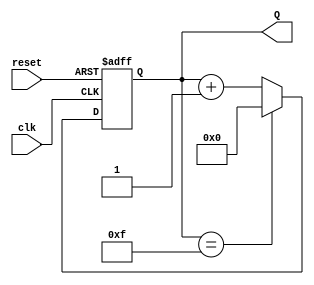
module binary_counter (
    input wire clk,         // Clock signal
    input wire reset,       // Asynchronous reset signal
    output reg [3:0] Q      // 4-bit output representing the current count value
);

// State transition logic
always @(posedge clk or posedge reset) begin
    if (reset) begin
        // Asynchronous reset to state 0
        Q <= 4'b0000;
    end else begin
        // Increment count, wrap around at 15
        Q <= (Q == 4'b1111) ? 4'b0000 : Q + 1;
    end
end

endmodule